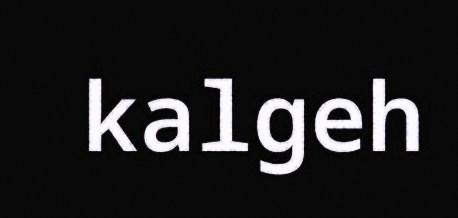
kalgeh